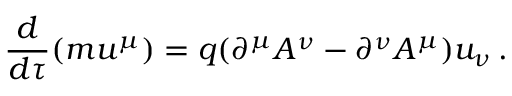
\frac { d } { d \tau } ( m u ^ { \mu } ) = q ( \partial ^ { \mu } A ^ { \nu } - \partial ^ { \nu } A ^ { \mu } ) u _ { \nu } \, .